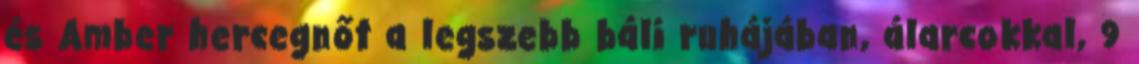
és Amber hercegnőt a legszebb báli ruhájában, álarcokkal, 9